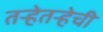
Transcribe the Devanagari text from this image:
तर्‍हेतर्‍हेची